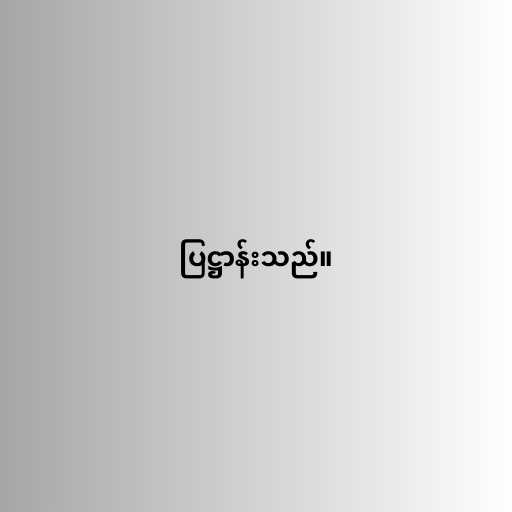
ပြဋ္ဌာန်းသည်။